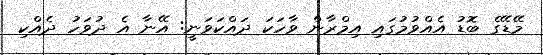
މޭޑޭގެ ބޮޑު އެއްވުމުގައި އިމްރާން ވާހަކަ ދައްކަވަނީ: އޭނާ އެ ދުވަހު ދެއްކި